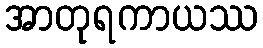
အာတုရကာယဿ